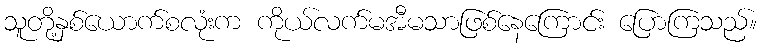
သူတို့နှစ်ယောက်စလုံးက ကိုယ်လက်မအီမသာဖြစ်နေကြောင်း ပြောကြသည်။